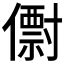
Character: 𠐆